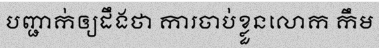
បញ្ជាក់ឲ្យដឹងថា ការចាប់ខ្លួនលោក កឹម